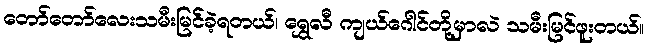
တော်တော်လေးသမီးမြင်ခဲ့ရတယ်၊ ရွှေလီ ကျယ်ဂေါင်တို့မှာလဲ သမီးမြင်ဖူးတယ်။